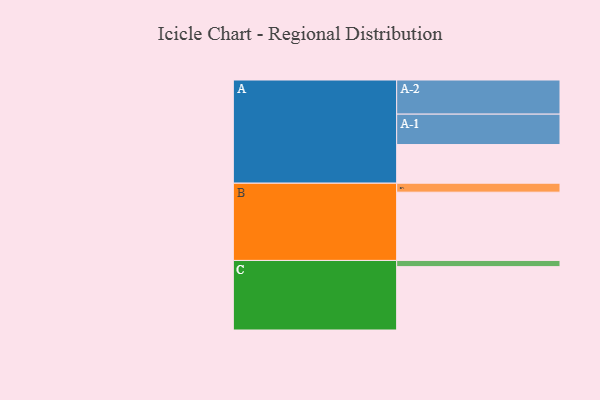
{"axis": {"x": "Segment", "y": "Value"}, "legend": ["", "A", "B", "C"], "data": [{"x": "A", "y": 332, "type": ""}, {"x": "B", "y": 586, "type": ""}, {"x": "C", "y": 544, "type": ""}, {"x": "A-1", "y": 261, "type": "A"}, {"x": "A-2", "y": 293, "type": "A"}, {"x": "B-1", "y": 77, "type": "B"}, {"x": "C-1", "y": 53, "type": "C"}]}